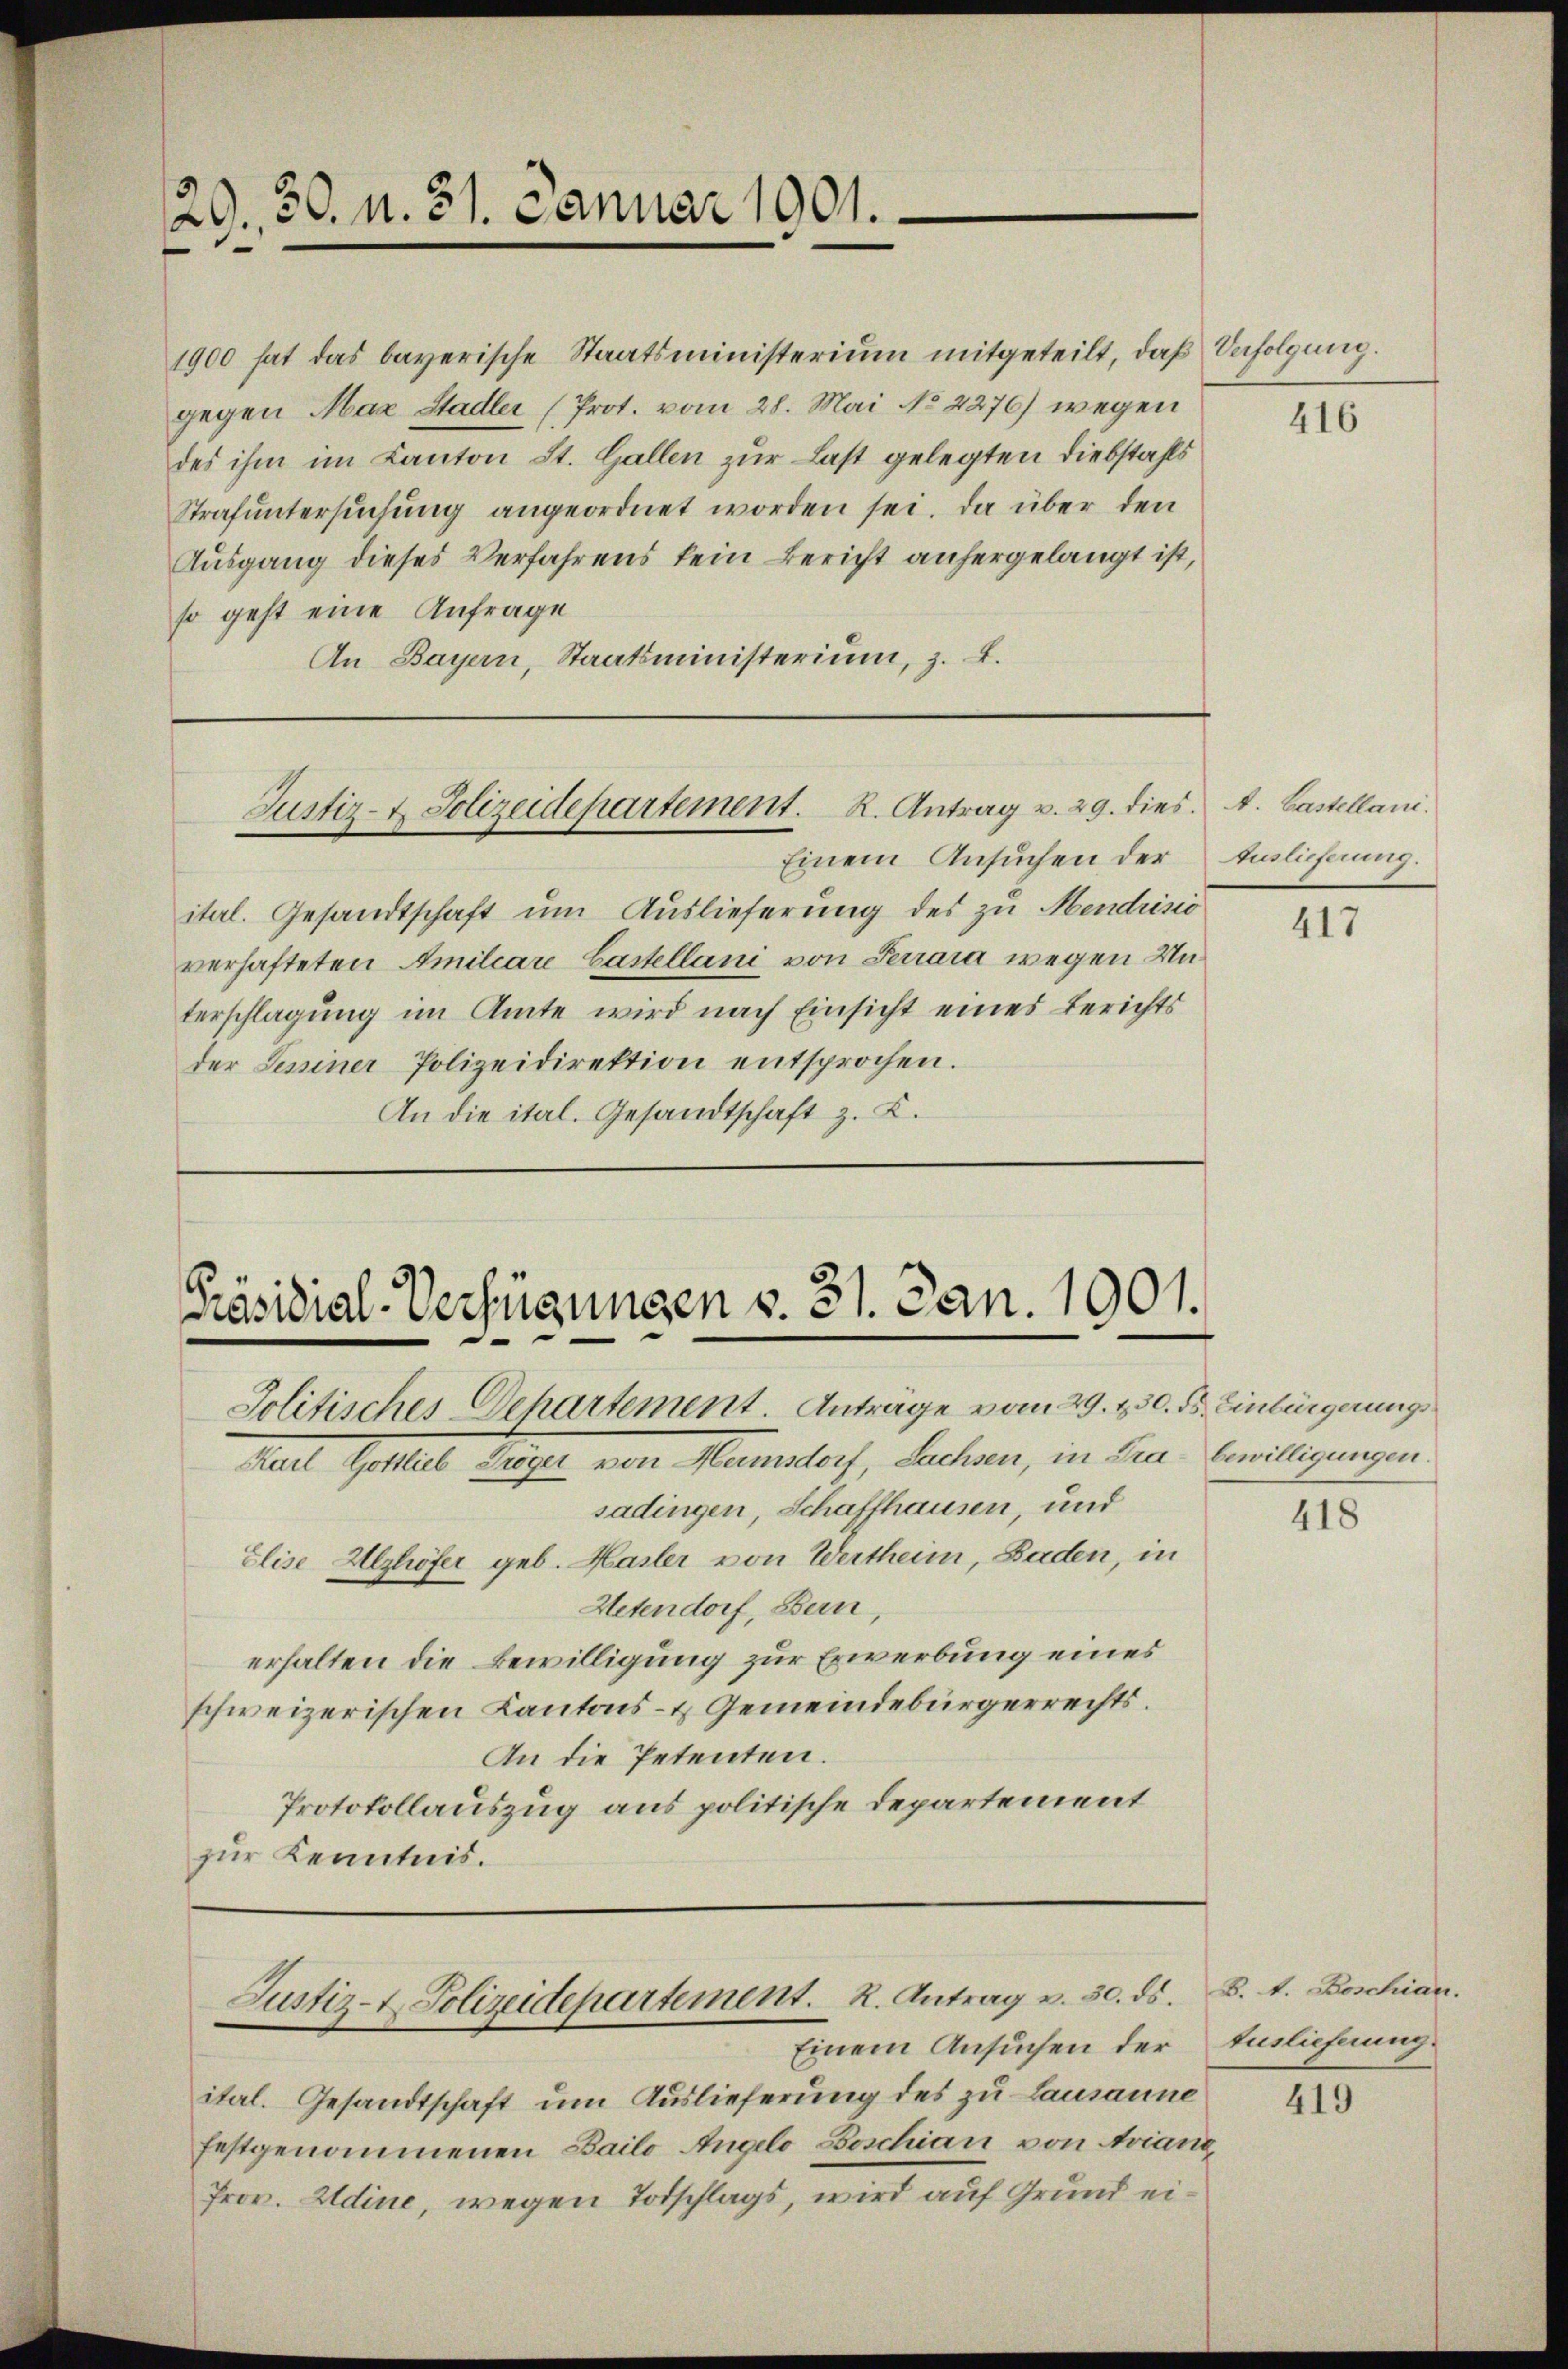
29. 50. 11. 31. Januar 1901.

1900 hat das bayerische Staatsministerium mitgeteilt, daβ Befolgung.
gegen Max Stadler (Prot. vom 28. Mai No 2276) wegen
des ihm im Kanton St. Gallen zur Last gelegten Diebstahls
Strafuntersuchung angeordnet worden sei. Da über den
Ausgang dieses Verfahrens kein Bericht anhergelangt ist,
so geht eine Anfrage
An Bayern, Staatsministerium, z. B.

Einem Ansuchen der Einlicherung.
itel. Gesandtschaft um Auslieferung des zu Mendrisio
verhafteten Amiliare Lastellani von Terrara wegen Unterschlagung im Amte wird nach Einsicht eines Berichts
der Seminer Polizeidirektion entsprochen.
An die ital. Gesandtschaft z. B.

Justiz- & Polizeidepartement. K. Antrag v. 29. dies. A. Gastellani.

Präsidial-Verfügungen v. 31. Jan. 1901.
Jolitisches Dehartement. Anträge vom 29. 230. 55. Einbürgerungs

Muell Gittel Hegel von Mannstorf, Sachen, in den
sadingen, Schaffhausen, und
Elise Althofer geb. Hasler von Wertheim, Baden, in
Hetendorf, Bern,
erhalten die Bewilligung zur Erwerbung eines
schweizerischen Kantons- & Gemeindebürgerrechts.
An die Petenten.
Protokollauszug aus politische Departement
zur Kenntnis.

Justiz- & Polizeidepartement. R. Antrag v. 30. ds.

Einem Ansuchen der
ital. Gesandtschaft um Auslieferung des zu Lausanne
festgenommenen Bailo Angelo Beschien von Aviant,
Prov. Adine, wegen Todschlags, wird auf Grund ei¬

416

417

bewilligungen.

418

B. A. Boschian.
Auslieferung

419